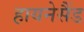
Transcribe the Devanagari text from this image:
हायनेसैंड